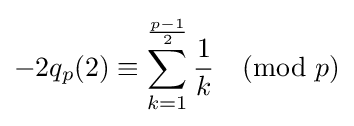
-2q_{p}(2)\equiv \sum _{k=1}^{\frac {p-1}{2}}{\frac {1}{k}}{\pmod {p}}